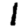
Digit: 1